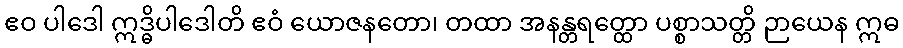
ဧဝ ပါဒေါ ဣဒ္ဓိပါဒေါတိ ဧဝံ ယောဇနတော၊ တထာ အနန္တရတ္ထော ပစ္စာသတ္တိ ဉာယေန ဣဓ